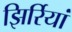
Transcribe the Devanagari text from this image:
झिर्रियां